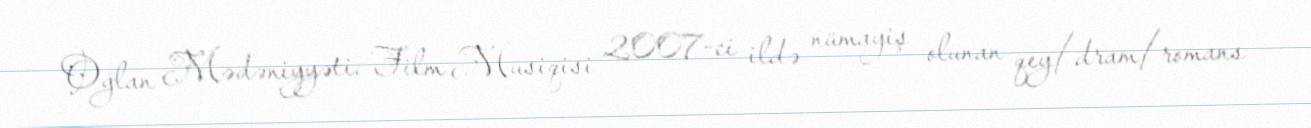
Oğlan Mədəniyyəti: Film Musiqisi 2007-ci ildə nümayiş olunan qey/dram/romans